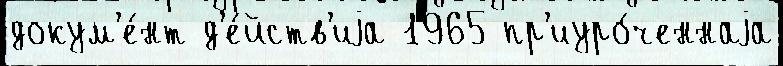
докум'е́нт д'е́йств'иjа 1965 пр'иуро́ченнаjа